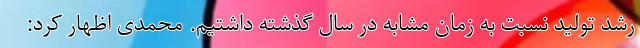
رشد تولید نسبت به زمان مشابه در سال گذشته داشتیم. محمدی اظهار کرد: